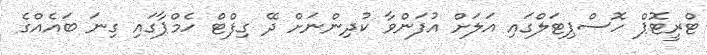
ޓްރީޓޮޕް ހޮސްޕިޓަލްގައި އަލަށް އުފަންވާ ކުދިންނަށް ދޭ ގިފްޓް ހެމްޕާގައި ގިނަ ބައެއްގެ